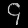
Digit: ၄